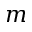
m